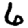
Digit: 6